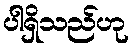
ပါရှိသည်ဟု